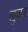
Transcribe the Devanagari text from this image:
लुजन